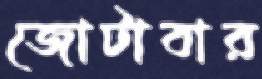
জোটাবার